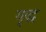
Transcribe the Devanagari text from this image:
यृद्ध